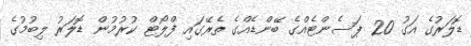
ޑޮލަރުގެ އަގު 20 ޕަސެންޓެއްގެ ބޭންޑެއްގެ ތެރޭގައި ފްލޯޓް ކުރުމުން ޑޮލަރު ލިބުމުގެ